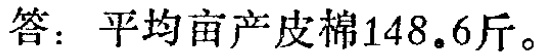
答：平均亩产皮棉148.6斤。